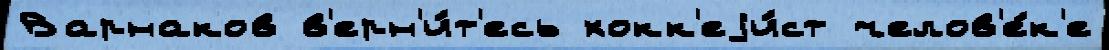
Варнаков в'ерн'и́т'есь хокк'еjи́ст челов'е́к'е